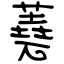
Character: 蕘